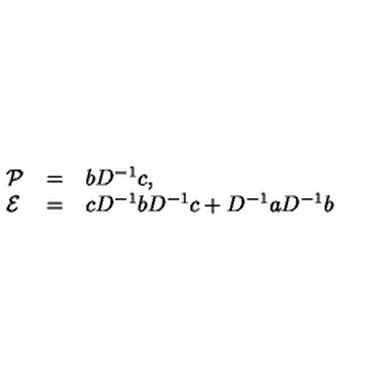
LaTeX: \begin{array} { l l l } { { \cal P } } & { = } & { b D ^ { - 1 } c , } \\ { { \cal E } } & { = } & { c D ^ { - 1 } b D ^ { - 1 } c + D ^ { - 1 } a D ^ { - 1 } b } \\ \end{array}